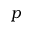
p